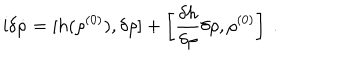
\mathrm { i } \delta \dot { \rho } = [ h ( \rho ^ { ( 0 ) } ) , \delta \rho ] + \left[ \frac { \delta h } { \delta \rho } \delta \rho , \rho ^ { ( 0 ) } \right] \ .